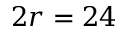
2 r = 2 4